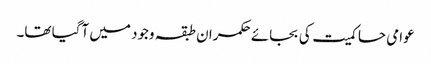
عوامی حاکمیت کی بجائے حکمران طبقہ وجود میں آگیا تھا۔